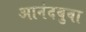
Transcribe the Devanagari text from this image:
आनंदबुवा